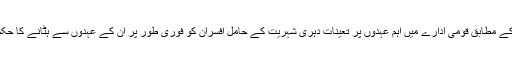
ترجمان وزارتِ داخلہ کے مطابق قومی ادارے میں اہم عہدوں پر تعینات دہری شہریت کے حامل افسران کو فوری طور پر ان کے عہدوں سے ہٹانے کا حکم صادر کر دیا گیا ہے۔